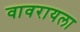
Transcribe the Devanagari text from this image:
वावरायला